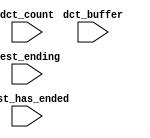
module nios_flash_interface_NIOSII_oci_test_bench (
                                                    // inputs:
                                                     dct_buffer,
                                                     dct_count,
                                                     test_ending,
                                                     test_has_ended
                                                  )
;

  input   [ 29: 0] dct_buffer;
  input   [  3: 0] dct_count;
  input            test_ending;
  input            test_has_ended;


endmodule